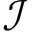
{ \mathcal { I } }